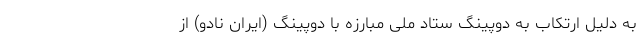
به دلیل ارتکاب به دوپینگ ستاد ملی مبارزه با دوپینگ (ایران نادو) از